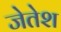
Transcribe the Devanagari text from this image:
जेतेश